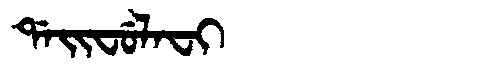
Manchu: ᡩᠠᡳᠸᡠᠯᠠᠸᡳ
Romanization: DAIFULAFI